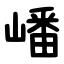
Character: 嶓